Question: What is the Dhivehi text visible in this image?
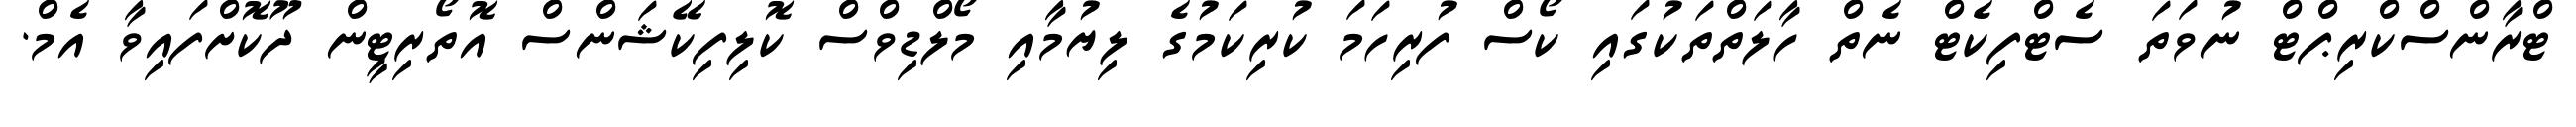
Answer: ޓްރާންސްކްރިޕްޓް ނުވަތަ ސެޓްފިކެޓް ނެތް ހާލަތްތަކުގައި ކޯސް ފުރިހަމަ ކުރިކަމުގެ ލިޔުމާއި މޯލްޑިވްސް ކޮލިފިކޭޝަންސް އޮތޯރިޓީން ދޫކޮށްފައިވާ އެމް.